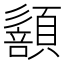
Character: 𩔻